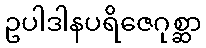
ဥပါဒါနပရိဇေဂုစ္ဆာ